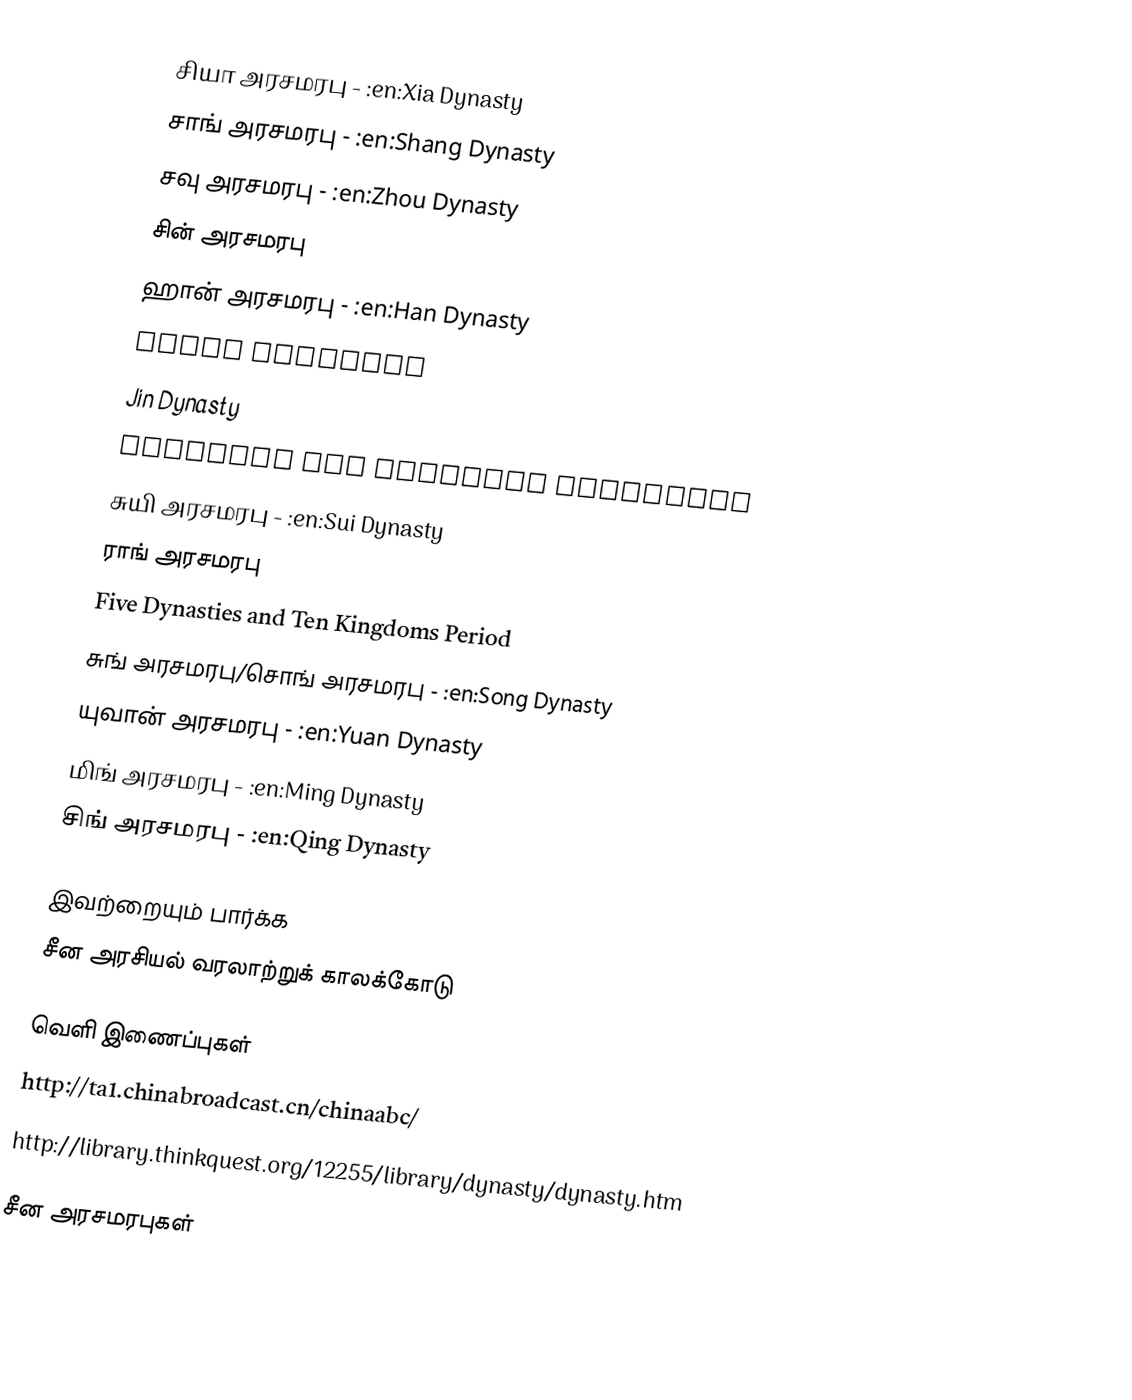
சியா அரசமரபு - :en:Xia Dynasty
 சாங் அரசமரபு - :en:Shang Dynasty
 சவு அரசமரபு - :en:Zhou Dynasty
 சின் அரசமரபு
 ஹான் அரசமரபு - :en:Han Dynasty
 Three Kingdoms
 Jin Dynasty
 Southern and Northern Dynasties
 சுயி அரசமரபு - :en:Sui Dynasty
 ராங் அரசமரபு
 Five Dynasties and Ten Kingdoms Period
 சுங் அரசமரபு/சொங் அரசமரபு - :en:Song Dynasty
 யுவான் அரசமரபு - :en:Yuan Dynasty
 மிங் அரசமரபு - :en:Ming Dynasty
 சிங் அரசமரபு - :en:Qing Dynasty

இவற்றையும் பார்க்க
 சீன அரசியல் வரலாற்றுக் காலக்கோடு

வெளி இணைப்புகள்
 http://ta1.chinabroadcast.cn/chinaabc/
 http://library.thinkquest.org/12255/library/dynasty/dynasty.htm

சீன அரசமரபுகள்